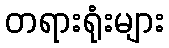
တရားရုံးများ